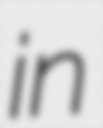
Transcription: in